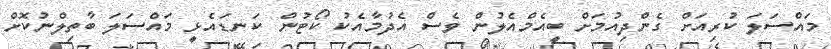
މައްސަލަ ކުރިއަށް ގެންދިއުމަށް ބީއެމްއެލުން ވެސް އެދުމާއެކު ކޯޓުން ކަނޑައެޅީ މައްސަލަ ބާތިލްނުކޮށް